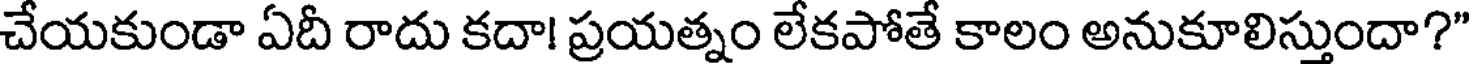
చేయకుండా ఏదీ రాదు కదా! ప్రయత్నం లేకపోతే కాలం అనుకూలిస్తుందా?"